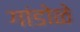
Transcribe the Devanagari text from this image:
गांडोळे